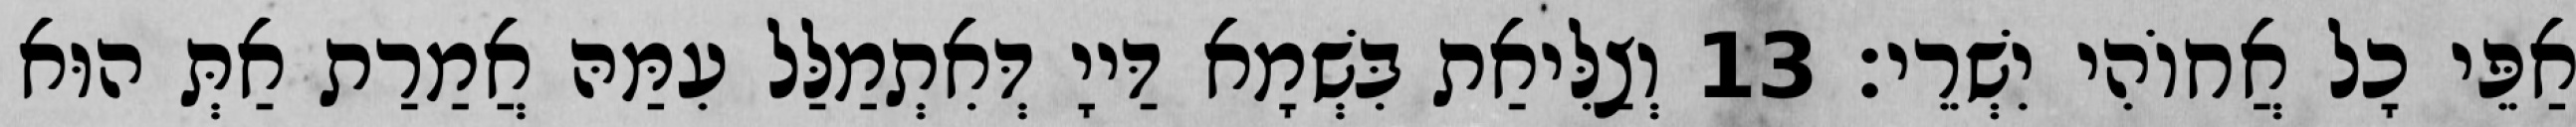
אַפֵּי כָל אֲחוֹהִי יִשְׁרֵי׃ 13 וְצַלִּיאַת בִּשְׁמָא דַּייָ דְּאִתְמַלַּל עִמַּהּ אֲמַרַת אַתְּ הוּא